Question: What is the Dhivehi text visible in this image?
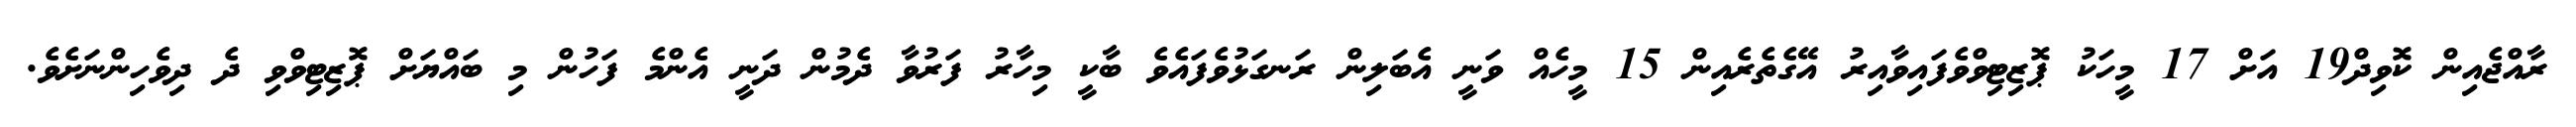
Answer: ރާއްޖެއިން ކޮވިދް19 އަށް 17 މީހަކު ޕޮޒިޓިވްވެފައިވާއިރު އޭގެތެރެއިން 15 މީހެއް ވަނީ އެބަލިން ރަނގަޅުވެފައެވެ ބާކީ މިހާރު ފަރުވާ ދެމުން ދަނީ އެންމެ ފަހުން މި ބައްޔަށް ޕޮޒިޓިވްވި ދެ ދިވެހިންނަށެވެ.